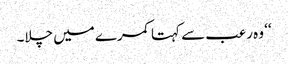
‘‘ وہ رعب سے کہتا کمرے میں چلا۔